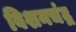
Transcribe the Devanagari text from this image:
बिशनचंद्र